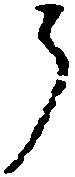
候